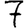
Digit: 7